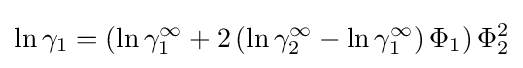
\ln \gamma _{1}=\left(\ln \gamma _{1}^{\infty }+2\left(\ln \gamma _{2}^{\infty }-\ln \gamma _{1}^{\infty }\right)\Phi _{1}\right)\Phi _{2}^{2}